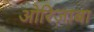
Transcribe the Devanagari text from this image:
ओरिज़ाबा